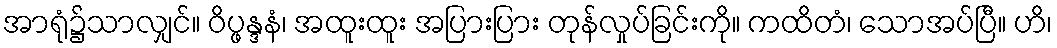
အာရုံ၌သာလျှင်။ ဝိပ္ဖန္ဒနံ၊ အထူးထူး အပြားပြား တုန်လှုပ်ခြင်းကို။ ကထိတံ၊ သောအပ်ပြီ။ ဟိ၊